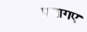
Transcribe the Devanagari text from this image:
प्रयागए